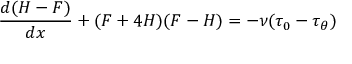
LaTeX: \frac { d ( H - F ) } { d x } + ( F + 4 H ) ( F - H ) = - \nu ( \tau _ { 0 } - \tau _ { \theta } )